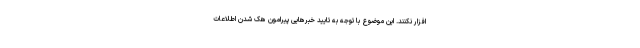
افزار نکنند. این موضوع با توجه به تایید خبرهایی پیرامون هک شدن اطلاعات